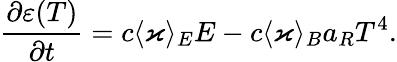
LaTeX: \frac{\partial\varepsilon(T)}{\partial t}=c\langle\varkappa\rangle_{E}E-c\langle\varkappa\rangle_{B}a_{R}T^{4}.